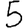
Digit: 5